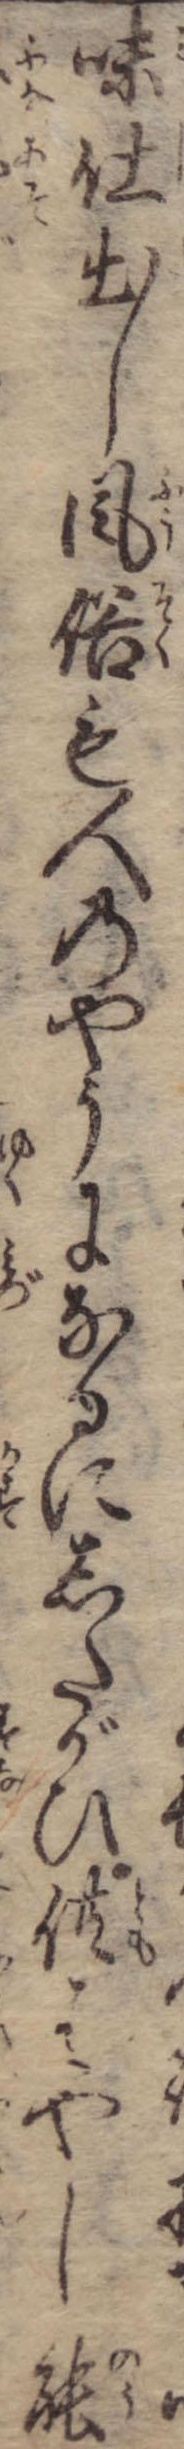
味仕出し風俗も人のやうになるにしたがひ供ばやし能